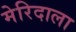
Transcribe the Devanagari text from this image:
मेरिदाला